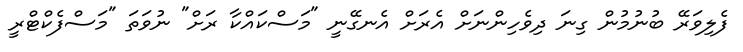
ފެލިވަރޭ ބުނުމުން ގިނަ ދިވެހިންނަށް އެރަށް އެނގޭނީ "މަސްކައްކާ ރަށް" ނުވަތަ "މަސްފެކްޓްރީ